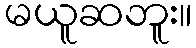
မယူဆဘူး။